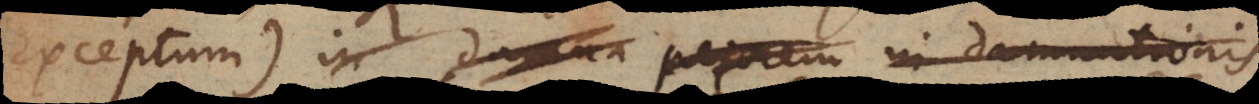
exceptum) in damna pejorem damnationis